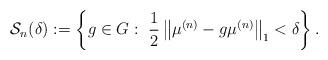
LaTeX: \begin{align*}\mathcal{S}_{n}(\delta):=\left\{g\in G:\ \frac{1}{2}\left\Vert \mu^{(n)}-g\mu^{(n)}\right\Vert _{1}<\delta\right\}.\end{align*}